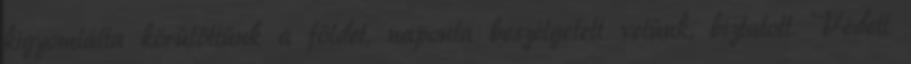
kigyomlálta körülöttünk a földet, naponta beszélgetett velünk, bíztatott. Védett